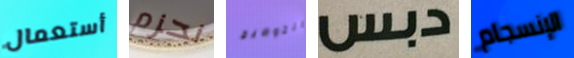
أستعمال نحزم التوضيح دبس الإنسجام